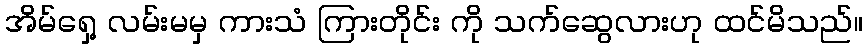
အိမ်ရှေ့ လမ်းမမှ ကားသံ ကြားတိုင်း ကို သက်ဆွေလားဟု ထင်မိသည်။